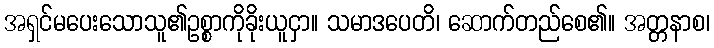
အရှင်မပေးသောသူ၏ဥစ္စာကိုခိုးယူငှာ။ သမာဒပေတိ၊ ဆောက်တည်စေ၏။ အတ္တနာစ၊